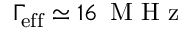
\Gamma \! _ { \mathrm { e f f } } \simeq 1 6 \ensuremath { \, \mathrm { ~ M ~ H ~ z ~ } }